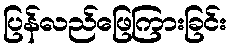
ပြန်လည်ဖြေကြားခြင်း